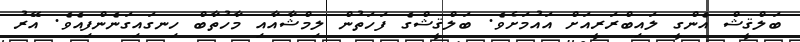
ބަލްޤީޝް އެންގީ ލައިބްރަރީއަށް އައުމަށެވެ. ބަލްޤީޝްގެ ފަހަތުން ލިމްޝާއާއި މާހުތާބް ހިނގައިގަނެންފިއެވެ. އޭރު